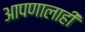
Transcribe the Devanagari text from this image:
आपणालाही